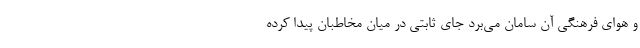
و هوای فرهنگی آن سامان می‌برد جای ثابتی در میان مخاطبان پیدا کرده